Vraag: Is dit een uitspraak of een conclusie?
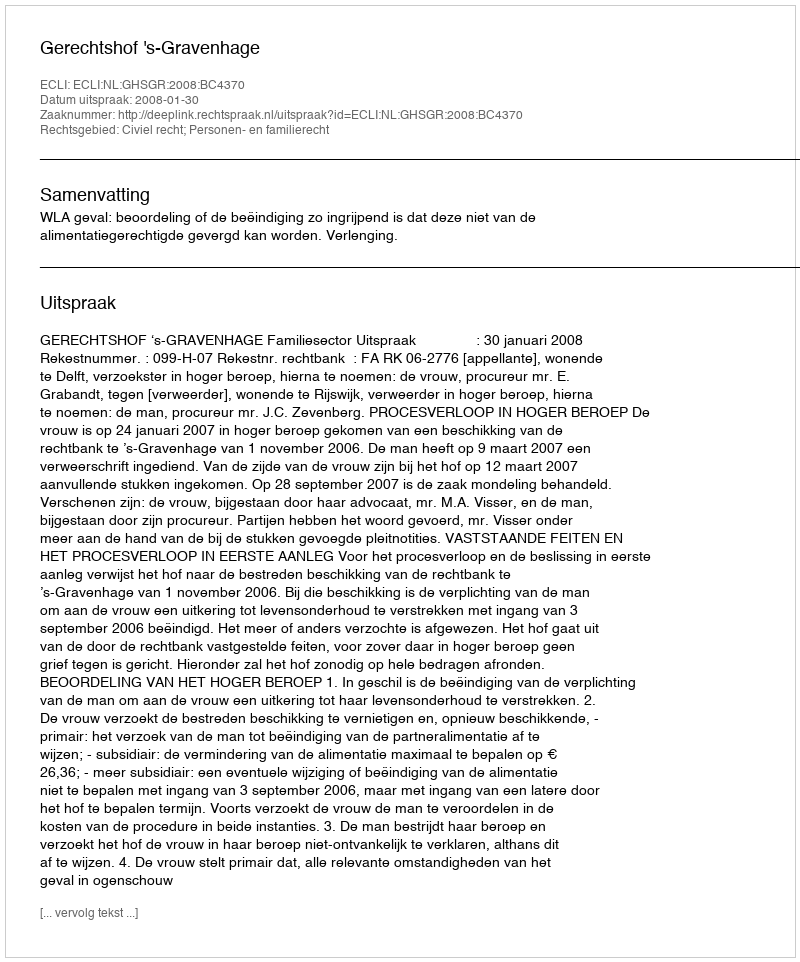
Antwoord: Uitspraak